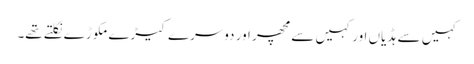
کہیں سے ہڈیاں اور کہیں سے مچھر اور دوسرے کیڑے مکوڑے نکلتے تھے۔